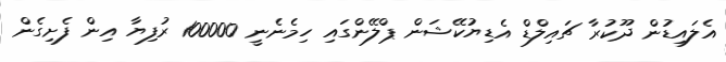
އެލައިޑުން ދޫކުރާ ޗައިލްޑް އެޑިޔުކޭޝަން ޕްލޭންގައި ހިމެނެނީ 100000 ރުފިޔާ އިން ފެށިގެން